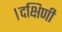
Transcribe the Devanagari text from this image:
।दक्षिणी